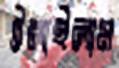
টলাইলাম